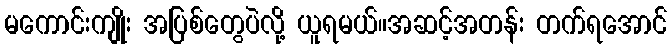
မကောင်းကျိုး အပြစ်တွေပဲလို့ ယူရမယ်။အဆင့်အတန်း တက်ရအောင်